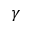
\gamma